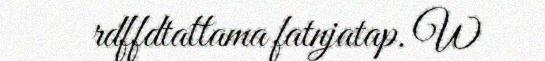
rdffdtattama fatnjatap. W